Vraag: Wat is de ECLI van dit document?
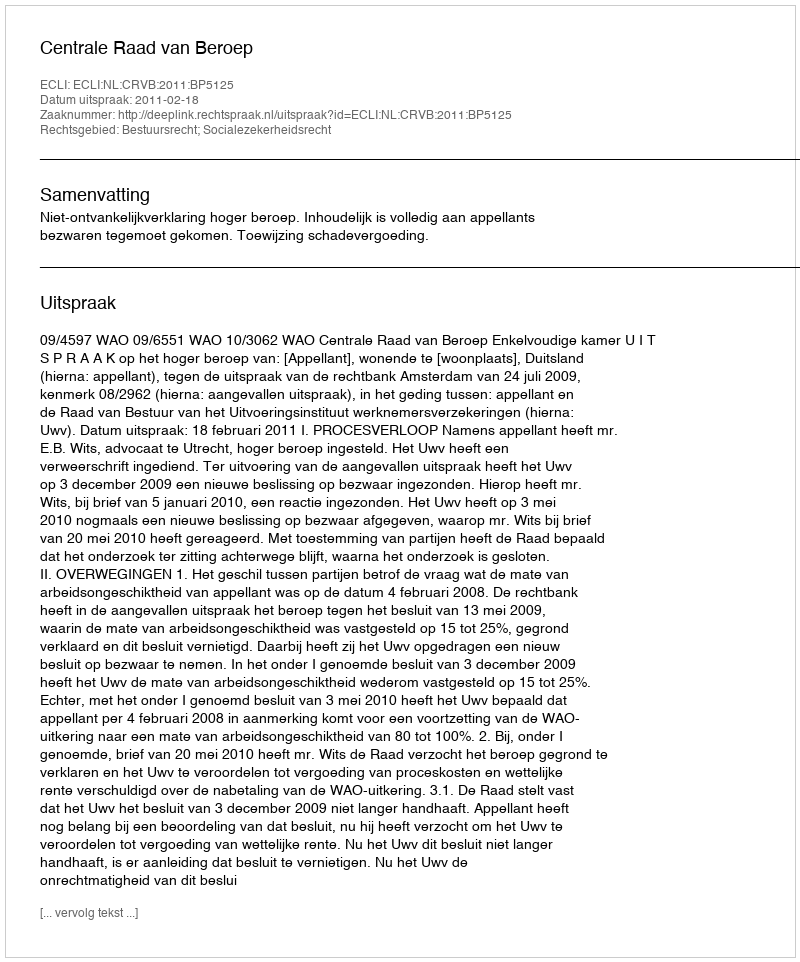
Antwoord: ECLI:NL:CRVB:2011:BP5125